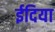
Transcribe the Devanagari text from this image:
ईदिया